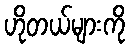
ဟိုတယ်များကို